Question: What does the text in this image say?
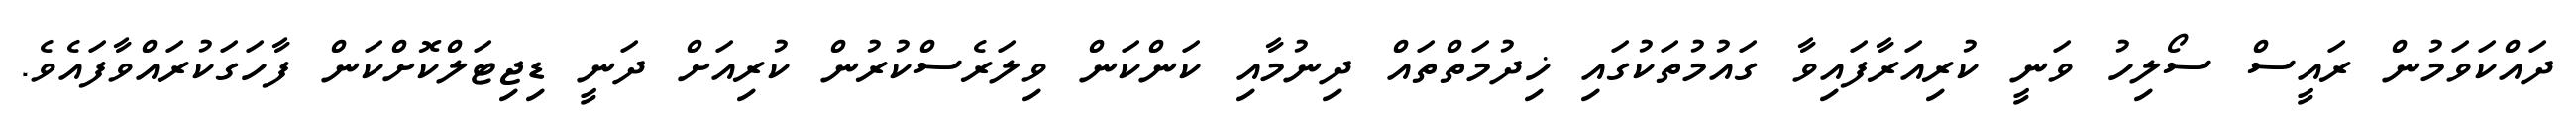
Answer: ދައްކަވަމުން ރައީސް ސޯލިހު ވަނީ ކުރިއަރާފައިވާ ގައުމުތަކުގައި ޚިދުމަތްތައް ދިނުމާއި ކަންކަން ވިލަރެސްކުރުން ކުރިއަށް ދަނީ ޑިޖިޓަލްކޮށްކަން ފާހަގަކުރައްވާފައެވެ.